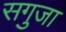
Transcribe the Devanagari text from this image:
सगुजा